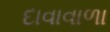
દાવાવાળા